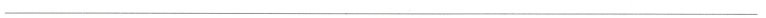
___